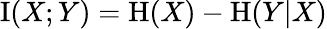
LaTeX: \operatorname{I}(X;Y)=\operatorname{H}(X)-\operatorname{H}(Y|X)